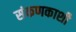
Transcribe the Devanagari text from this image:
संकणकाशी